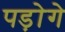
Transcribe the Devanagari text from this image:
पड़ोगे